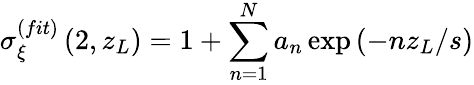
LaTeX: \sigma_{\xi}^{(fit)}\left(2,z_{L}\right)=1+\sum_{n=1}^{N}a_{n}\exp\left(-nz_{L}/s\right)